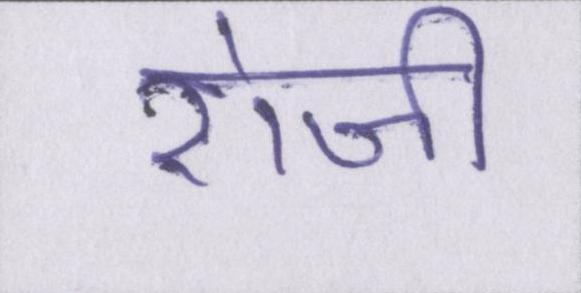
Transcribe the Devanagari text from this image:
रोजी